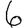
Digit: 6